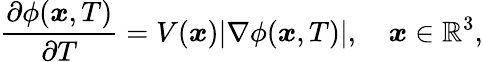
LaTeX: \frac{\partial\phi(\boldsymbol{x},T)}{\partial T}=V(\boldsymbol{x})|\nabla\phi(\boldsymbol{x},T)|,\quad\boldsymbol{x}\in\mathbb{R}^{3},